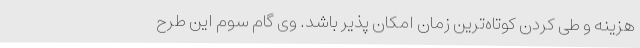
هزینه و طی کردن کوتاه‌ترین زمان امکان پذیر باشد. وی گام سوم این طرح